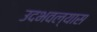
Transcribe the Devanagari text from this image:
उदभवल्यास